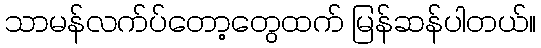
သာမန်လက်ပ်တော့တွေထက် မြန်ဆန်ပါတယ်။